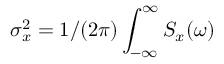
\sigma _ { x } ^ { 2 } = 1 / ( 2 \pi ) \int _ { - \infty } ^ { \infty } S _ { x } ( \omega )